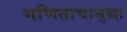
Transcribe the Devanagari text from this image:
गणिताचासुद्धा